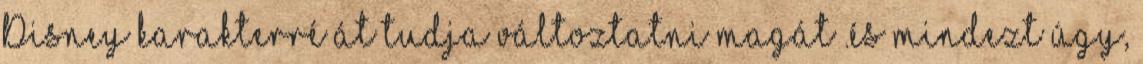
Disney karakterré át tudja változtatni magát .és mindezt úgy,